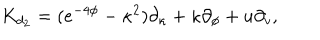
{ K } _ { d _ { 2 } } = ( e ^ { - 4 \phi } - { \kappa } ^ { 2 } ) \partial _ { \kappa } + \kappa \partial _ { \phi } + u \partial _ { v } ,